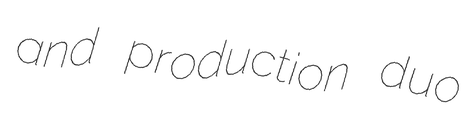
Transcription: and production duo